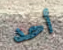
أحد